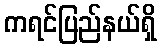
ကရင်ပြည်နယ်ရှိ